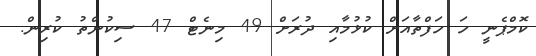
ކޮމްޕެނީ ހަ ހަފްތާއަށް ކުޅުމާއި ދުރަށް 49 މިނެޓް 47 ސިކުންތު ކުރިން.